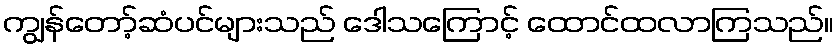
ကျွန်တော့်ဆံပင်များသည် ဒေါသကြောင့် ထောင်ထလာကြသည်။